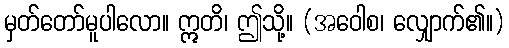
မှတ်တော်မူပါလော။ ဣတိ၊ ဤသို့။ (အဝေါစ၊ လျှောက်၏။)